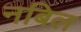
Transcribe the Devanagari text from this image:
नबिल